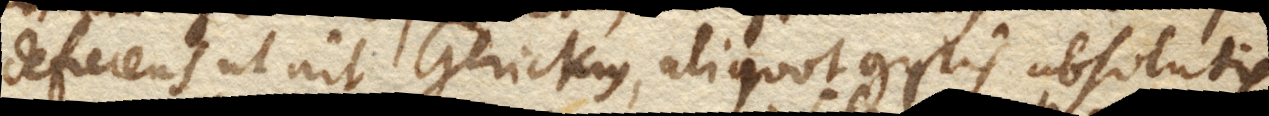
deficiens ut ait Gerickius, aliquot gyris absolutis